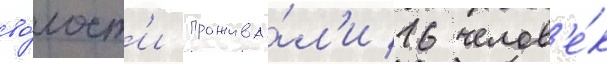
во́лост'и прожива́л'и 16 челов'е́к